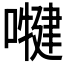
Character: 𭋑